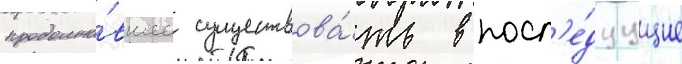
продолжа́вшее существова́ть в посл'е́дуущие